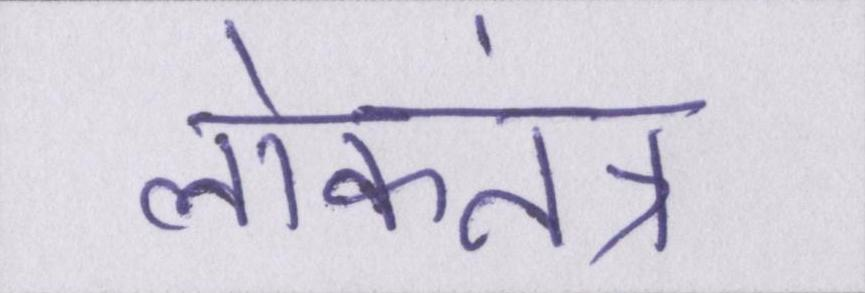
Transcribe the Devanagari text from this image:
लोकतंत्र